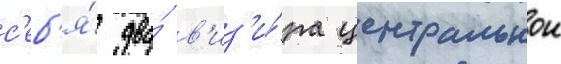
с'еб'я́ два́ в'из'и́ра центральнои